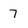
Character: 7